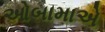
ઓબામાએ